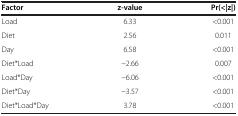
<table><thead><tr><td><b>Factor</b></td><td><b>z-value</b></td><td><b>Pr(&lt;|z|)</b></td></tr></thead><tbody><tr><td>Load</td><td>6.33</td><td>&lt;0.001</td></tr><tr><td>Diet</td><td>2.56</td><td>0.011</td></tr><tr><td>Day</td><td>6.58</td><td>&lt;0.001</td></tr><tr><td>Diet*Load</td><td>-2.66</td><td>0.007</td></tr><tr><td>Load*Day</td><td>-6.06</td><td>&lt;0.001</td></tr><tr><td>Diet*Day</td><td>-3.57</td><td>&lt;0.001</td></tr><tr><td>Diet*Load*Day</td><td>3.78</td><td>&lt;0.001</td></tr></tbody></table>